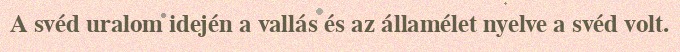
A svéd uralom idején a vallás és az államélet nyelve a svéd volt.